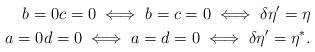
LaTeX: \begin{align*} b=0 c=0 \iff b=c=0 \iff \delta \eta' = \eta \\ a=0 d=0 \iff a=d=0 \iff \delta \eta' = \eta^*. \end{align*}